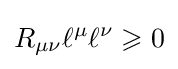
R_{\mu \nu }\ell ^{\mu }\ell ^{\nu }\geqslant 0